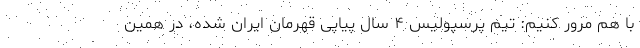
با هم مرور کنیم: تیم پرسپولیس ۴ سال پیاپی قهرمان ایران شده، در همین